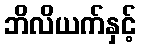
ဘိလိယက်နှင့်